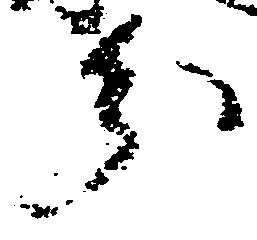
分